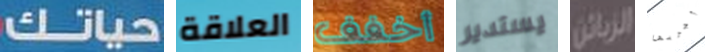
حياتك العلاقة أخفف يستدير الزبائن أجربها